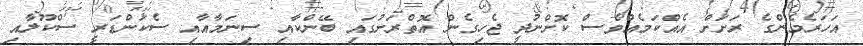
އަހަރެމެންގެ ރަށަށް އެއްކަމެއްވެސް ކޮށްނުދީ ޖެހިގެން އޮތްރަށުގައި ބޭންކާއި ސިނަމާއާއި ސެކަންޑަރީ ސްކޫލާއި